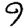
Digit: 9